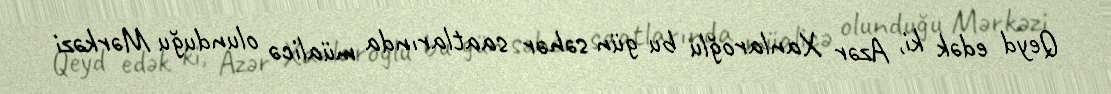
Qeyd edək ki, Azər Xanlaroğlu bu gün səhər saatlarında müalicə olunduğu Mərkəzi